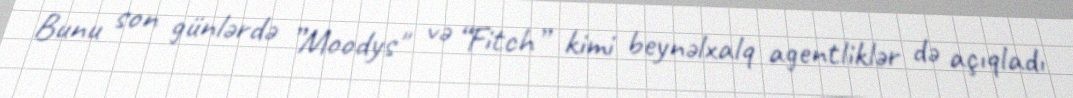
Bunu son günlərdə ”Moodys" və “Fitch” kimi beynəlxalq agentliklər də açıqladı